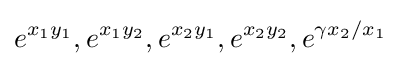
e^{x_{1}y_{1}},e^{x_{1}y_{2}},e^{x_{2}y_{1}},e^{x_{2}y_{2}},e^{\gamma x_{2}/x_{1}}